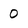
Character: 0